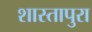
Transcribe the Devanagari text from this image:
शास्तापुरा